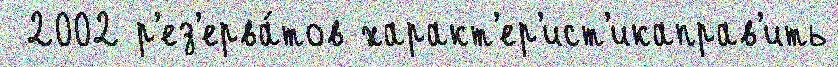
 2002 р'ез'ерва́тов характ'ер'ист'икаправ'ить